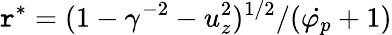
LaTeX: \mathtt{r}^{*}=(1-\gamma^{-2}-u_{z}^{2})^{1/2}/(\dot{{\varphi_{p}}}+1)